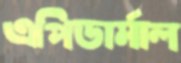
এপিডার্মাল